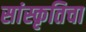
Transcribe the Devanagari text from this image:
सांस्कृतिचा